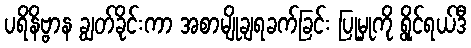
ပရိနိဗ္ဗာန ချွတ်ခိုင်းကာ အစာမျိုချရခက်ခြင်း ပြုမှုကို ရွိုင်ရယ်ဒီ